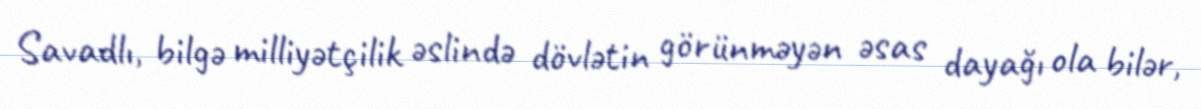
Savadlı, bilgə milliyətçilik əslində dövlətin görünməyən əsas dayağı ola bilər,